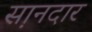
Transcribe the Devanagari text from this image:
स़ानदार